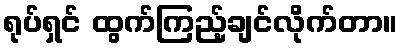
ရုပ်ရှင် ထွက်ကြည့်ချင်လိုက်တာ။